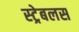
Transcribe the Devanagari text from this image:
स्ट्रेबलस